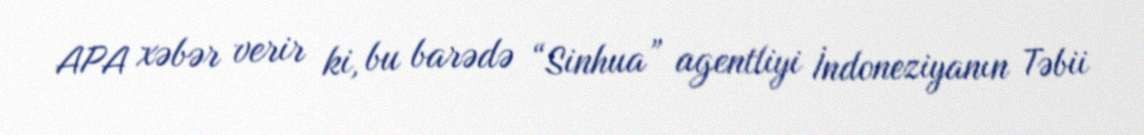
APA xəbər verir ki, bu barədə “Sinhua” agentliyi İndoneziyanın Təbii